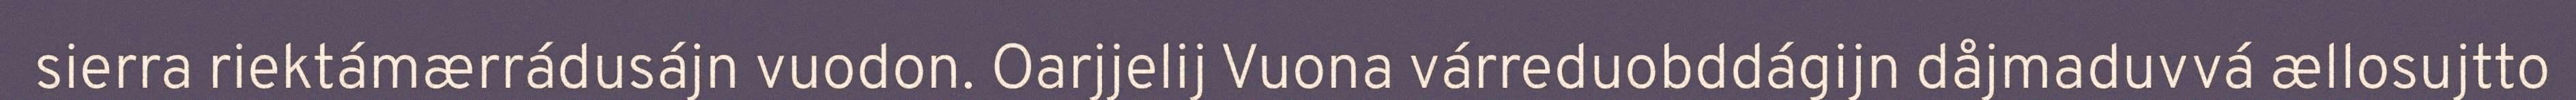
sierra riektámærrádusájn vuodon. Oarjjelij Vuona várreduobddágijn dåjmaduvvá ællosujtto